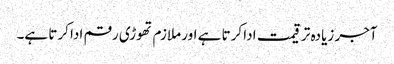
آجر زیادہ تر قیمت ادا کرتا ہے اور ملازم تھوڑی رقم ادا کرتا ہے۔